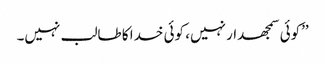
’’کوئی سمجھدار نہیں، کوئی خدا کا طالب نہیں۔